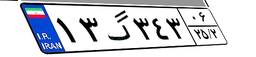
۱۳گ۳۴۳۰۶